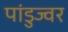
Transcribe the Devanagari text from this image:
पांडुज्वर